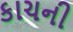
કાચની